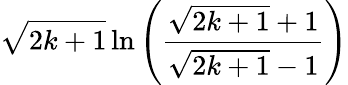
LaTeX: {\sqrt{2k+1}}\ln\left({\frac{{\sqrt{2k+1}}+1}{{\sqrt{2k+1}}-1}}\right)